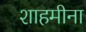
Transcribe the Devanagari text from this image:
शाहमीना